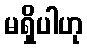
မရှိပါဟု